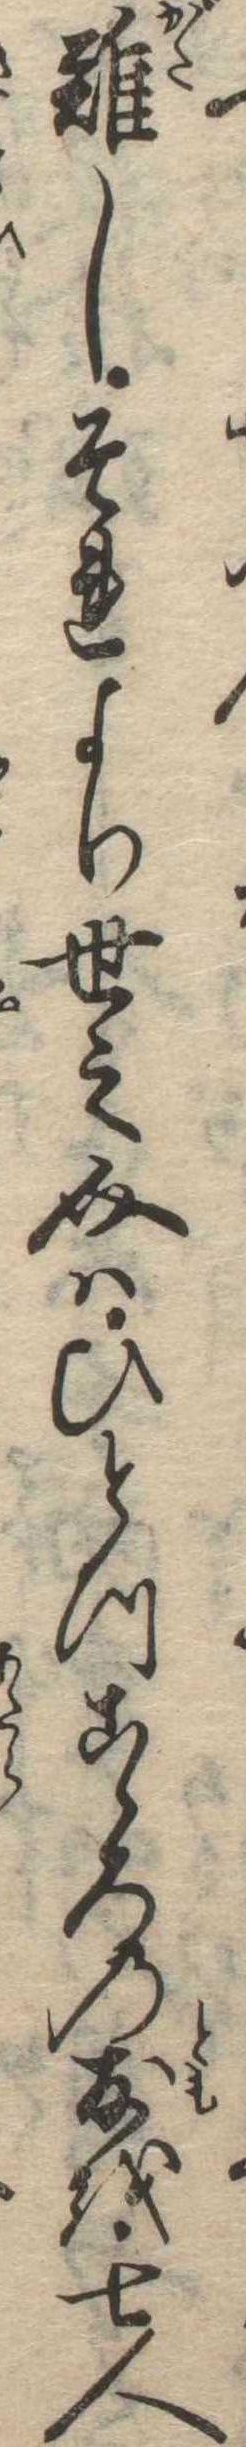
難しそれより世之介はひとつこゝろの友を七人